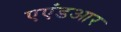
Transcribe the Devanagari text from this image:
एएंडआर